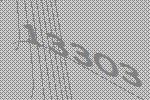
13303